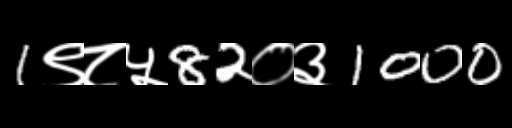
Text: 1९८५82०३1000